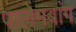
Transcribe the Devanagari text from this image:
पालेमबांग